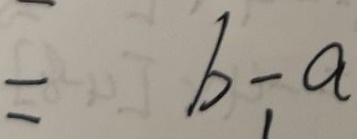
= b - a